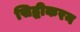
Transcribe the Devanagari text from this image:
सिद्धीकरन